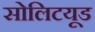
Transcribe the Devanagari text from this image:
सोलिटयूड